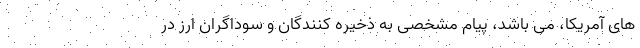
های آمریکا، می باشد، پیام مشخصی به ذخیره کنندگان و سوداگران ارز در